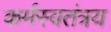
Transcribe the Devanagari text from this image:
कर्मस्वतंत्रय